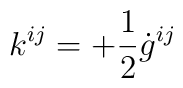
k^{ij}= +\frac{1}{2}\dot{g}^{ij}